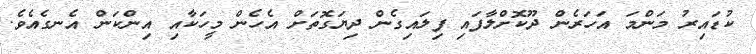
ކުޑައިރު މަންމަ އަހަރެން ދޫކޮށްލާފައި ފިލައިގެން ދިޔަގޮތަށް އެހެން މީހަކާއި އިންކަން އެނގެއެވެ.